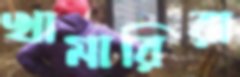
খামারিরা